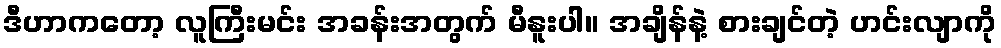
ဒီဟာကတော့ လူကြီးမင်း အခန်းအတွက် မီနူးပါ။ အချိန်နဲ့ စားချင်တဲ့ ဟင်းလျာကို